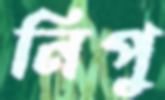
নিপু